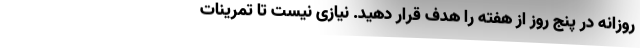
روزانه در پنج روز از هفته را هدف قرار دهید. نیازی نیست تا تمرینات